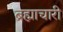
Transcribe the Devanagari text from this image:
ब्रह्माचारी